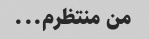
من منتظرم...